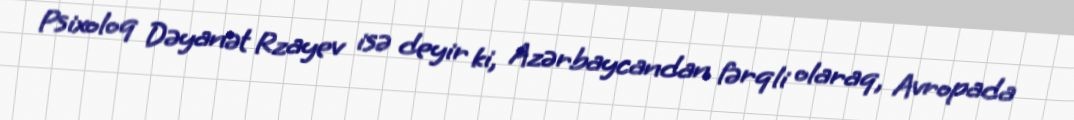
Psixoloq Dəyanət Rzayev isə deyir ki, Azərbaycandan fərqli olaraq, Avropada